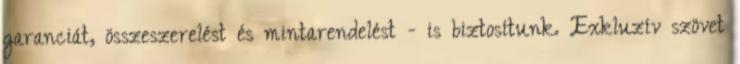
garanciát, összeszerelést és mintarendelést - is biztosítunk. Exkluzív szövet